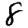
Digit: 8